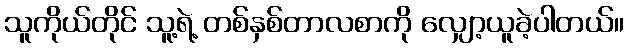
သူကိုယ်တိုင် သူ့ရဲ့ တစ်နှစ်တာလစာကို လျှော့ယူခဲ့ပါတယ်။